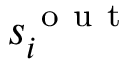
s _ { i } ^ { \mathrm { ~ o ~ u ~ t ~ } }